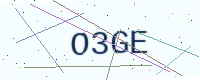
Text: O3GE